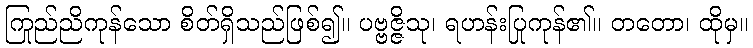
ကြည်ညိုကုန်သော စိတ်ရှိသည်ဖြစ်၍။ ပဗ္ဗဇ္ဇိသု၊ ရဟန်းပြုကုန်၏။ တတော၊ ထိုမှ။